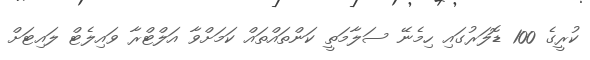
ކުރީގެ 100 ޑޮލަރުގައި ހިމެނޭ ސަލާމަތީ ކަންތައްތައް ކަމަށްވާ އަލްޓްރާ ވައިލެޓް ލައިޓަށް